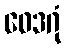
ဝေဒဂုံ